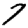
Digit: 7